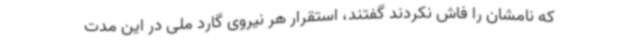
که نامشان را فاش نکردند گفتند، استقرار هر نیروی گارد ملی در این مدت